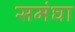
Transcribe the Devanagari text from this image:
समंघा